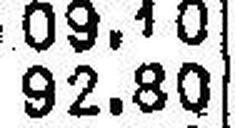
92.80